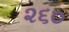
૨૬૦